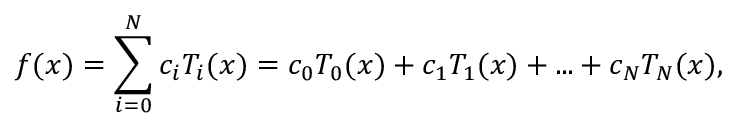
f ( x ) = \sum _ { i = 0 } ^ { N } c _ { i } T _ { i } ( x ) = c _ { 0 } T _ { 0 } ( x ) + c _ { 1 } T _ { 1 } ( x ) + . . . + c _ { N } T _ { N } ( x ) ,